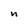
Character: n